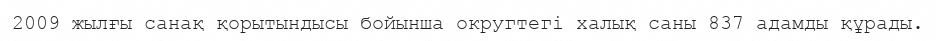
2009 жылғы санақ қорытындысы бойынша округтегі халық саны 837 адамды құрады.